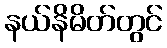
နယ်နိမိတ်တွင်